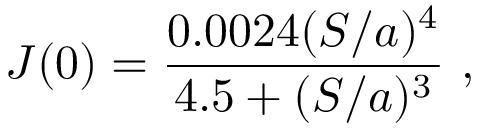
J ( 0 ) = \frac { 0 . 0 0 2 4 ( S / a ) ^ { 4 } } { 4 . 5 + ( S / a ) ^ { 3 } } ~ ,